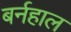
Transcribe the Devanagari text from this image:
बर्नहाल